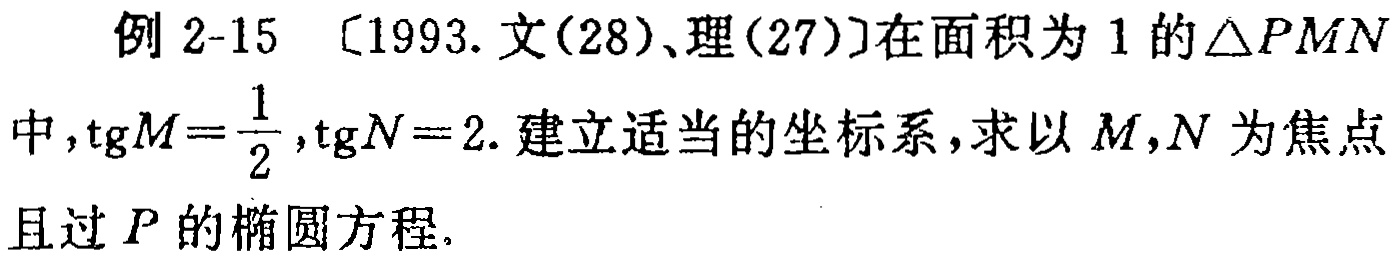
例 2-15 [1993. 文(28)、理(27)]在面积为 1 的\(\triangle PMN\)中,\(\text{tg}M = \frac{1}{2}\),\(\text{tg}N = 2\). 建立适当的坐标系,求以 \(M,N\) 为焦点且过 \(P\) 的椭圆方程.